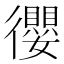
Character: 𢖠